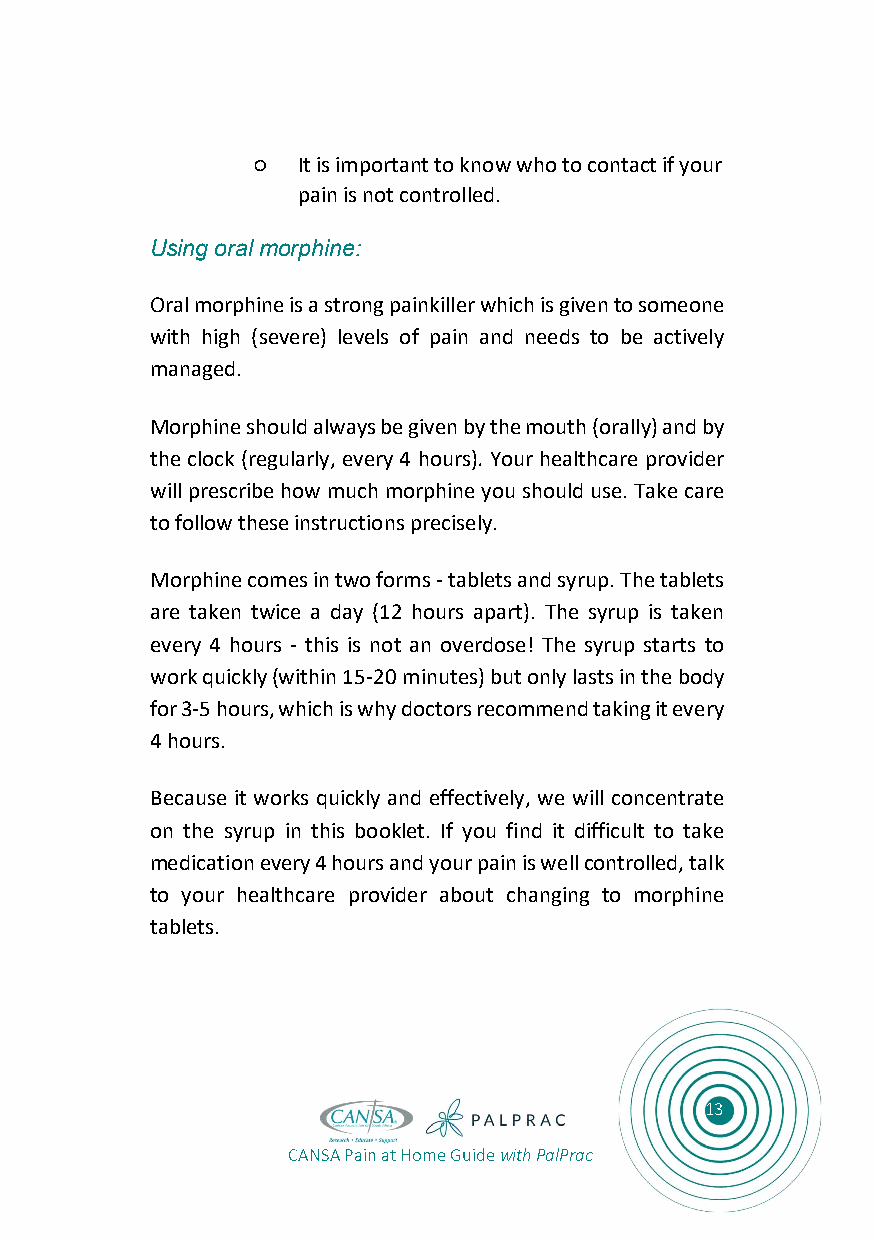
○  It is important to know who to contact if your
 pain is not controlled.
 Using oral morphine:
 Oral morphine is a strong painkiller which is given to someone
 with high (severe) levels of pain and needs to be actively
 managed.
 Morphine should always be given by the mouth (orally) and by
 the clock (regularly, every 4 hours). Your healthcare provider
 will prescribe how much morphine you should use. Take care
 to follow these instructions precisely.
 Morphine comes in two forms - tablets and syrup. The tablets
 are taken twice a day (12 hours apart). The syrup is taken
 every 4 hours - this is not an overdose! The syrup starts to
 work quickly (within 15-20 minutes) but only lasts in the body
 for 3-5 hours, which is why doctors recommend taking it every
 4 hours.
 Because it works quickly and effectively, we will concentrate
 on the syrup in this booklet. If you find it difficult to take
 medication every 4 hours and your pain is well controlled, talk
 to your healthcare provider about changing to morphine
 tablets.
 13
 CANSA Pain at Home Guide with PalPrac